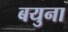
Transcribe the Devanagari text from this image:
बयुना